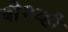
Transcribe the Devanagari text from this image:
बी२व्ही